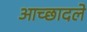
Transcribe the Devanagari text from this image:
आच्छादले